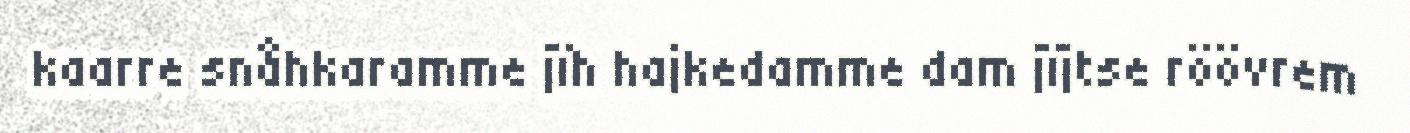
kaarre snåhkaramme jïh hajkedamme dam jïjtse röövrem